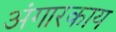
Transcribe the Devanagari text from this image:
अंगारकाय